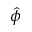
\hat { \phi }